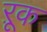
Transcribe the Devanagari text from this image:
ऱूक